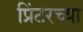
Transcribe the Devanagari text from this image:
प्रिंटरच्या